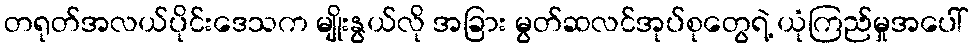
တရုတ်အလယ်ပိုင်းဒေသက မျိုးနွယ်လို အခြား မွတ်ဆလင်အုပ်စုတွေရဲ့ ယုံကြည်မှုအပေါ်